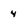
Character: 4